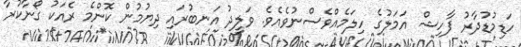
ހަޑިމުޑުދާރު ފާހިޝް އަމަލުގެ ހިލަމެއްވެސްނުވެއެވެ. ވަލީދު އަނބުރައި ދިޔުމުން ކޮންމެ ރެއަކު ގޯނާކުރާ